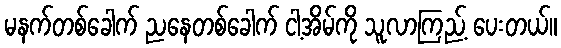
မနက်တစ်ခေါက် ညနေတစ်ခေါက် ငါ့အိမ်ကို သူလာကြည့် ပေးတယ်။